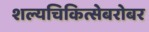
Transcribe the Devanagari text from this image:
शल्यचिकित्सेबरोबर